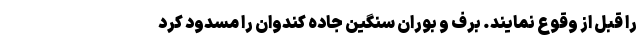
را قبل از وقوع نمایند. برف و بوران سنگین جاده کندوان را مسدود کرد